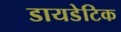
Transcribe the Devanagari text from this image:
डायडेटिक